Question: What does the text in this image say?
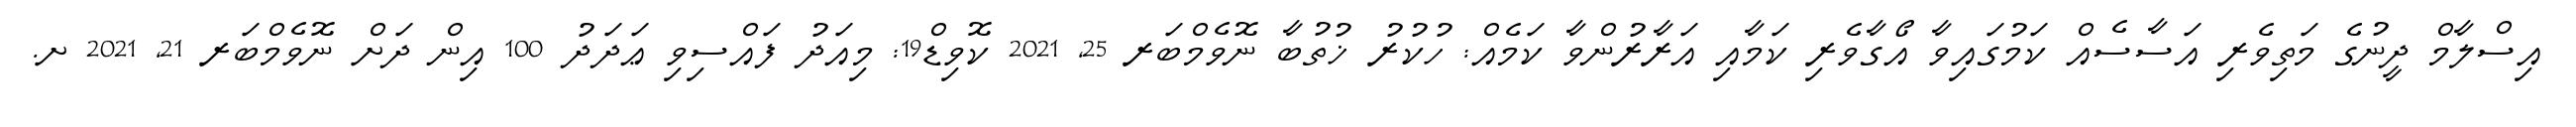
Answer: އިސްލާމް ދީނުގެ މަތިވެރި އަސާސެއް ކަމުގައިވާ އޯގާވެރި ކަމާއި އަރާރުންވާ ކަމެއް: ހުކުރު ޚުތުބާ ނޮވެމްބަރ 25, 2021 ކޮވިޑް19: މިއަދު ފައްސިވި ޢަދަދު 100 އިން ދަށް ނޮވެމްބަރ 21, 2021 ށ.